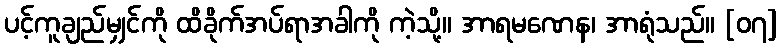
ပင့်ကူချည်မျှင်ကို ထိခိုက်အပ်ရာအခါကို ကဲ့သို့။ အာရမဏေန၊ အာရုံသည်။ [၀၇]